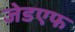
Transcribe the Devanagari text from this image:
जेडएफ